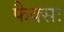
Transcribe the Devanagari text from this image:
फैक्सः